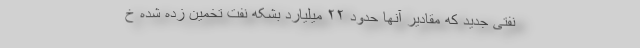
نفتی جدید که مقادیر آنها حدود ۲۲ میلیارد بشکه نفت تخمین زده شده خ